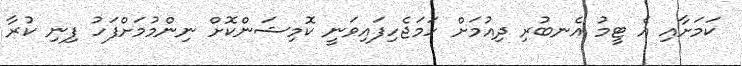
ކަމަށާއި އެ ޓީމު އެނބުރި ދިއުމަށް ހަމަޖެހިފައިވަނީ ކޮމިޝަންކޮށް ނިންމުމަށްފަހު ފިނި ކުރާ